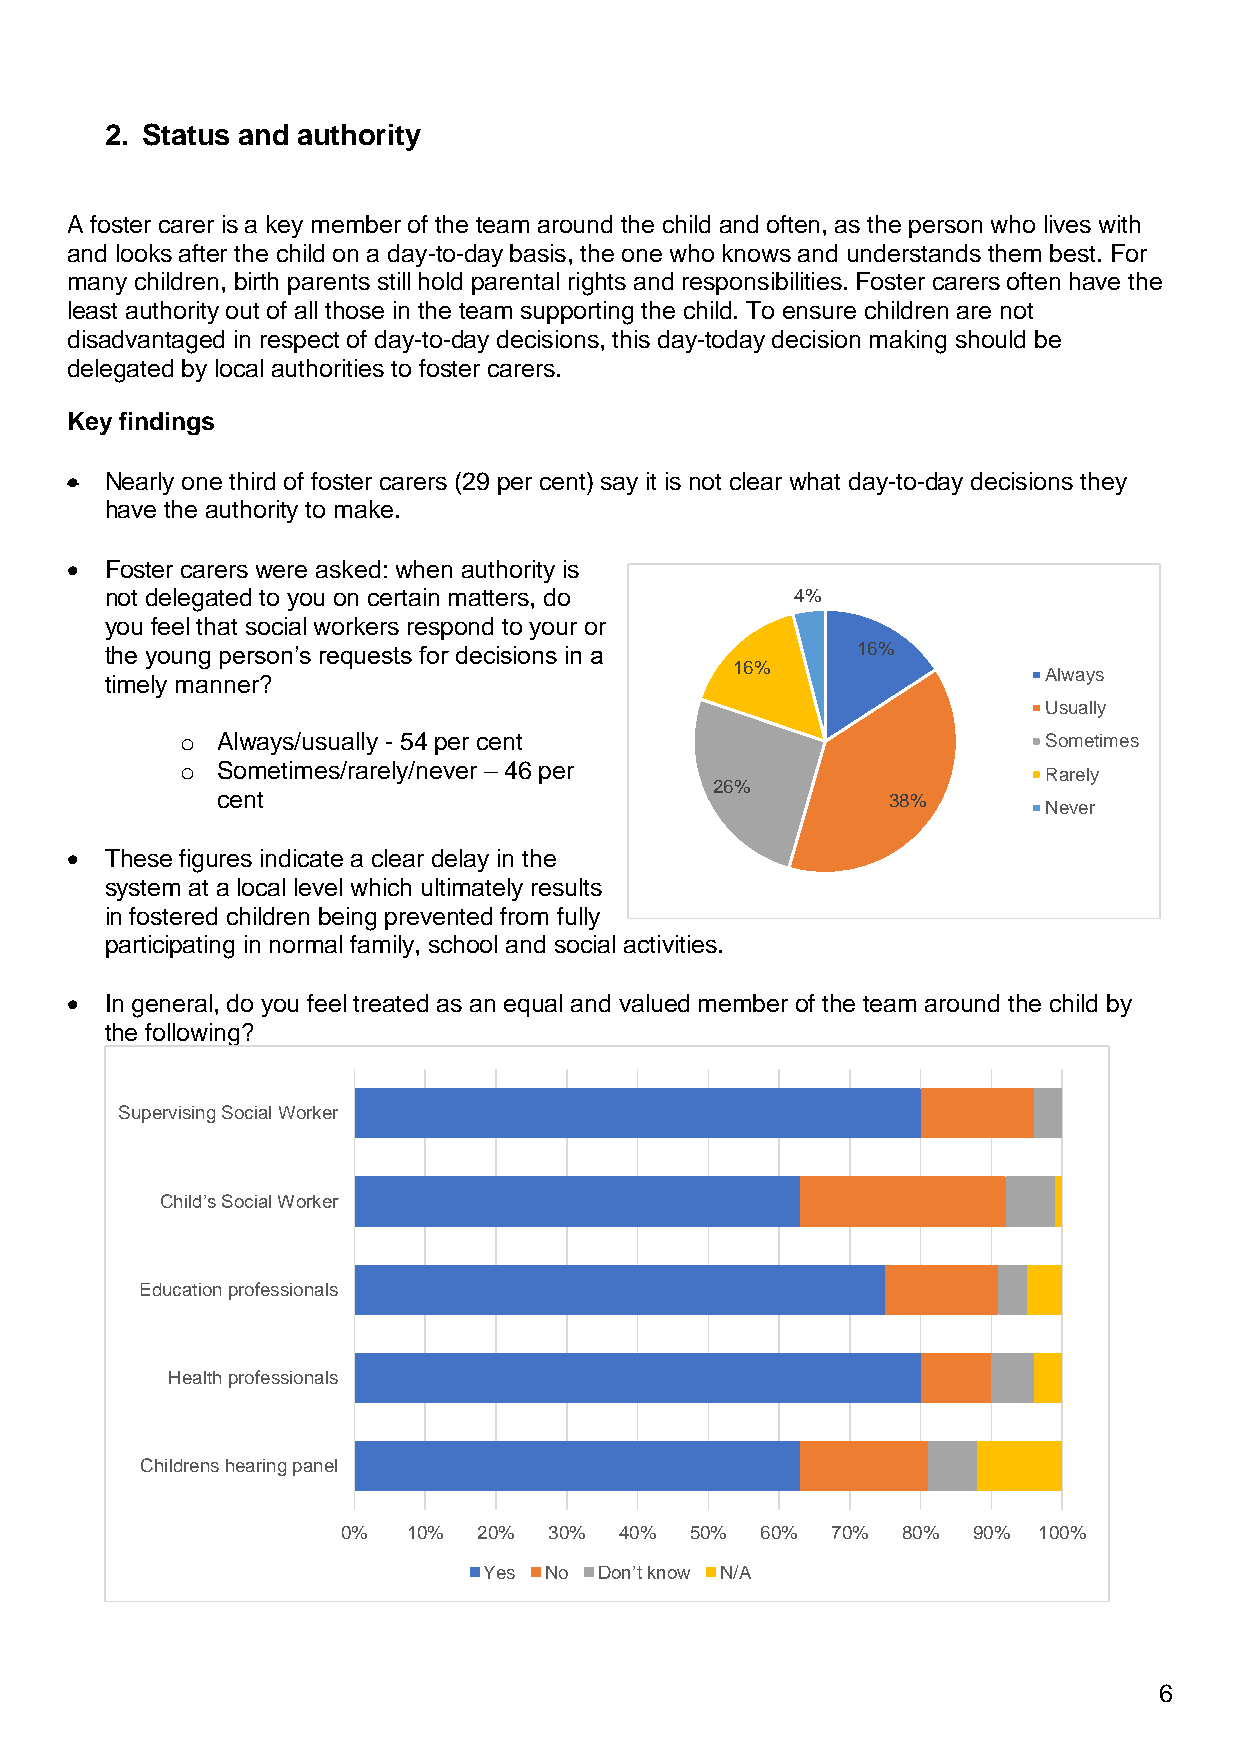
2. Status and authority
 A foster carer is a key member of the team around the child and often, as the person who lives with
 and looks after the child on a day-to-day basis, the one who knows and understands them best. For
 many children, birth parents still hold parental rights and responsibilities. Foster carers often have the
 least authority out of all those in the team supporting the child. To ensure children are not
 disadvantaged in respect of day-to-day decisions, this day-today decision making should be
 delegated by local authorities to foster carers.
 Key findings
 •  Nearly one third of foster carers (29 per cent) say it is not clear what day-to-day decisions they
 have the authority to make.
 •  Foster carers were asked: when authority is
 not delegated to you on certain matters, do   4%
 you feel that social workers respond to your or
 the young person’s requests for decisions in a    16%
 16%
 Always
 timely manner?
 Usually
 o Always/usually - 54 per cent                           Sometimes
 o Sometimes/rarely/never – 46 per
 Rarely
 26%
 cent                                         38%
 Never
 •  These figures indicate a clear delay in the
 system at a local level which ultimately results
 in fostered children being prevented from fully
 participating in normal family, school and social activities.
 •  In general, do you feel treated as an equal and valued member of the team around the child by
 the following?
 Supervising Social Worker
 Child’s Social Worker
 Education professionals
 Health professionals
 Childrens hearing panel
 0%  10%  20% 30%  40%  50% 60%  70%  80% 90%  100%
 Yes No  Don’t know N/A
 6